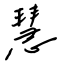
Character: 慧